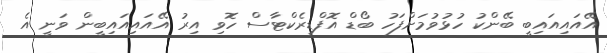
އޭއައިއައިބީ ބޭންކު ހުޅުވުމަށްފަހު ބޯޑް އޮފްޑިރެކްޓާސް ހޮވި އިރު އޭއައިއައިބީން ވަނީ އެ